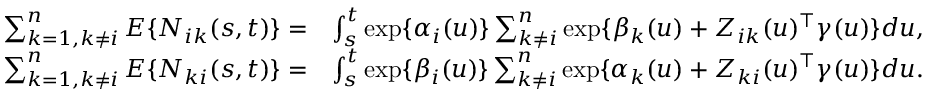
\begin{array} { r l } { \sum _ { k = 1 , k \neq i } ^ { n } E \{ N _ { i k } ( s , t ) \} = } & { \int _ { s } ^ { t } \exp \{ \alpha _ { i } ( u ) \} \sum _ { k \neq i } ^ { n } \exp \{ \beta _ { k } ( u ) + Z _ { i k } ( u ) ^ { \top } \gamma ( u ) \} d u , } \\ { \sum _ { k = 1 , k \neq i } ^ { n } E \{ N _ { k i } ( s , t ) \} = } & { \int _ { s } ^ { t } \exp \{ \beta _ { i } ( u ) \} \sum _ { k \neq i } ^ { n } \exp \{ \alpha _ { k } ( u ) + Z _ { k i } ( u ) ^ { \top } \gamma ( u ) \} d u . } \end{array}